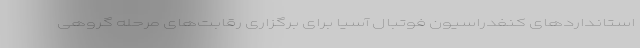
استانداردهای کنفدراسیون فوتبال آسیا برای برگزاری رقابت‌های مرحله گروهی